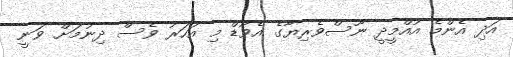
އަދި އެންމެ އުއްމީދީ ނޫސްވެރިޔާގެ އެވޯޑް މި އަހަރު ވެސް ދިނުމަށް ވަނީ